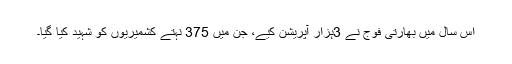
اِس سال میں بھارتی فوج نے 3ہزار آپریشن کیے، جن میں 375 نہتے کشمیریوں کو شہید کیا گیا۔